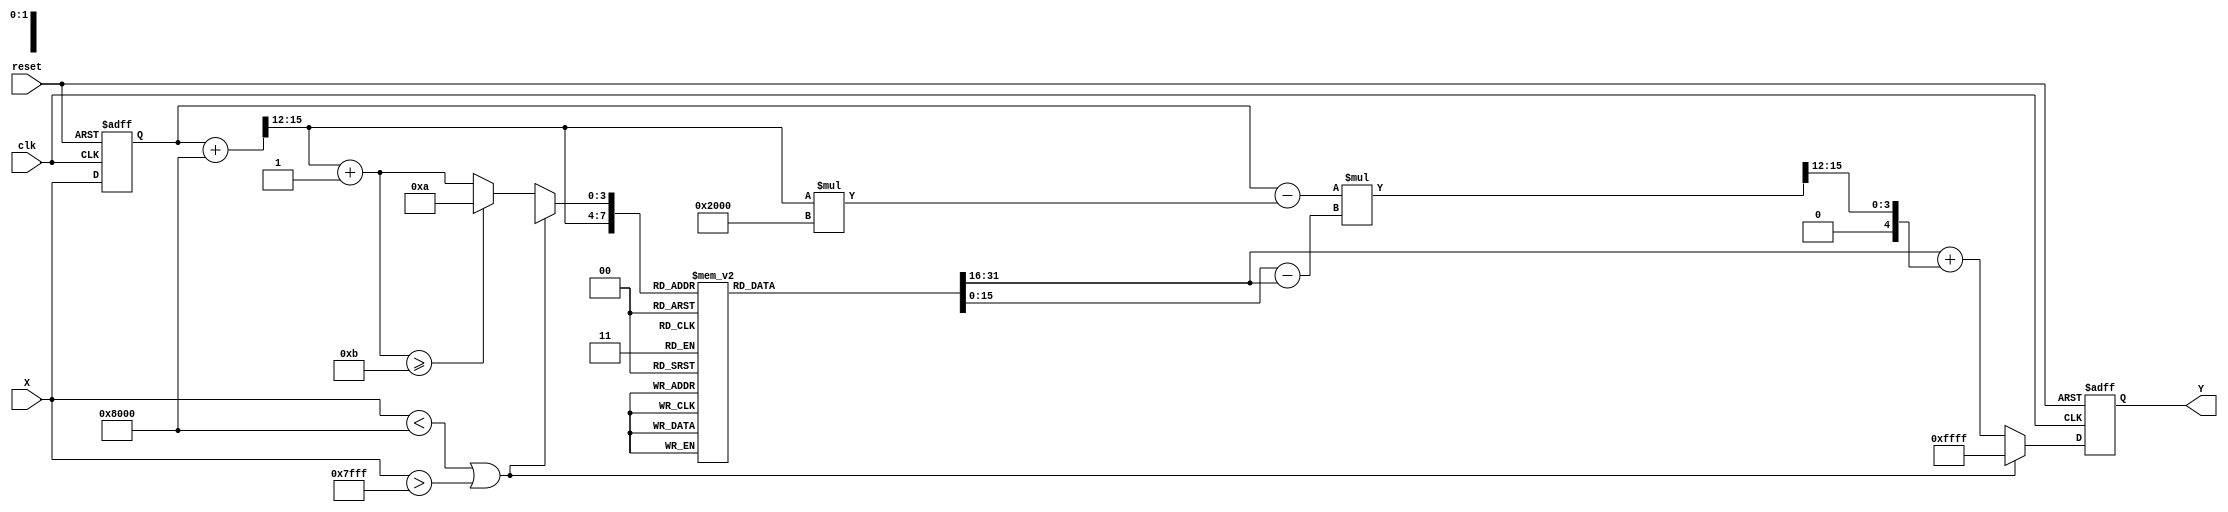
module asin_block (
    input wire clk,
    input wire reset,
    input wire signed [15:0] X, // Input sine value in fixed-point format
    output reg signed [15:0] Y  // Output angle in radians in fixed-point format
);

    // LUT for asin values from -1 to 1 in fixed-point format (assumed 16 bits)
    reg signed [15:0] lut [0:10]; // 11 discrete points, [0, 10] translates to values from -1 to 1
    initial begin
        lut[0]  = -16'h8000; // -/2
        lut[1]  = -16'h4000; // -/6
        lut[2]  = 0;         // 0
        lut[3]  = 16'h4000;  // /6
        lut[4]  = 16'h8000;  // /2
        lut[5]  = 16'hc000;  // /3
    end

    wire signed [15:0] lut_value1, lut_value2;
    wire signed [15:0] diff_x, diff_y;

    reg [3:0] index1, index2; // Indices for LUT
    reg [15:0] input_value;

    always @(posedge clk or posedge reset) begin
        if (reset) begin
            Y <= 0; // Reset output
            input_value <= 0;
        end else begin
            input_value <= X;

            if (X < -16'h8000 || X > 16'h7FFF) begin
                Y <= 16'hFFFF; // Output NaN/Invalid value
            end else begin
                // Determine LUT indices
                // Clip input_value to 10 discrete points
                index1 = (input_value + 16'h8000) >> 12; // Shift to fit index range
                index2 = index1 + 1;

                if (index2 >= 11) begin
                    index2 = 10; // Clamp to max index
                end

                lut_value1 = lut[index1];
                lut_value2 = lut[index2];

                // Linear interpolation
                diff_x = lut_value2 - lut_value1;
                diff_y = ((input_value - (index1 * 16'h2000)) * diff_x) >> 12; // Scale based on fixed-point resolution

                Y <= lut_value1 + diff_y; // Final output through interpolation
            end
        end
    end

endmodule